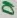
Text: D1